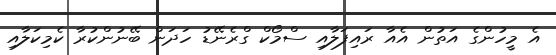
އެ މީހުންގެ އަތުން އެއާ ރައިފަލާއި ސްމޯކް ގްރެނޭޑު ހަދަން ބޭނުންކުރާ ކެމިކަލާއި